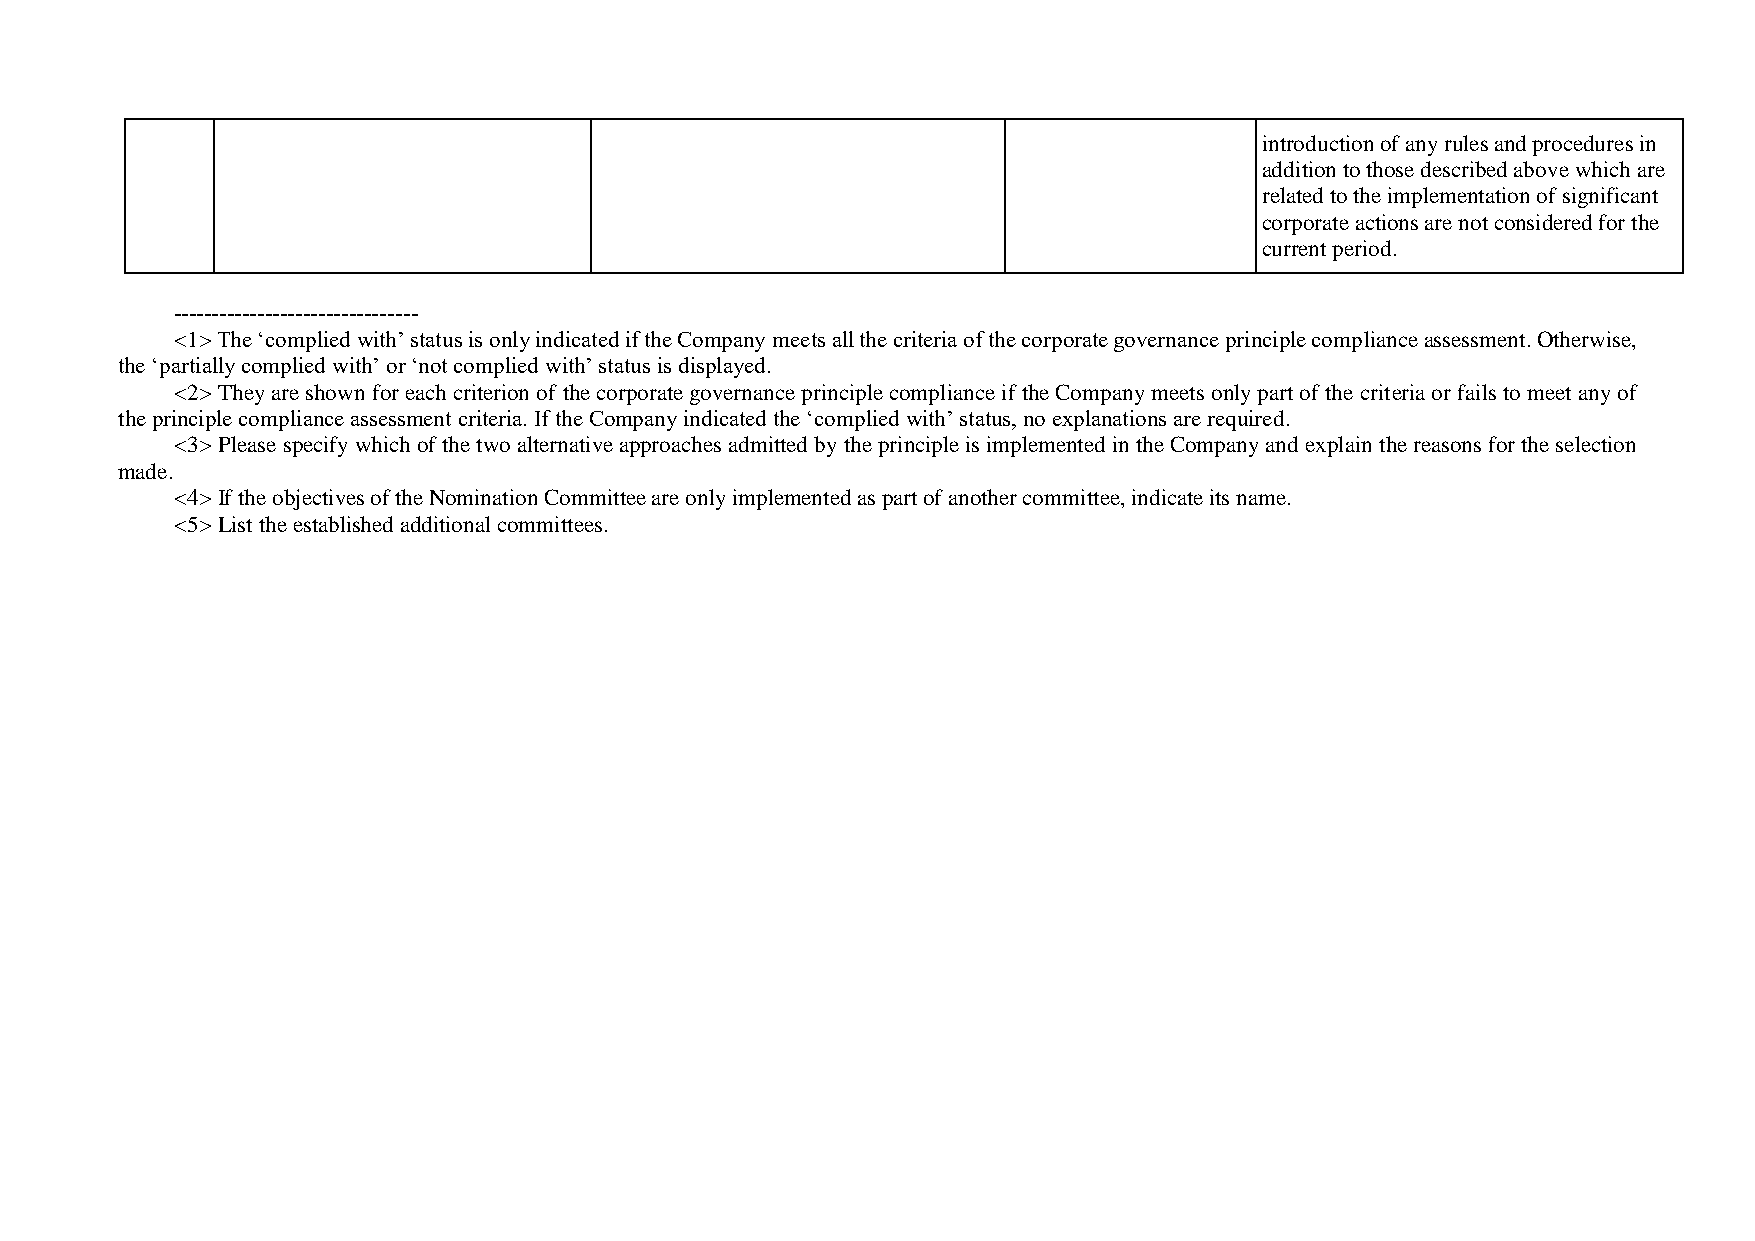
introduction of any rules and procedures in
 addition to those described above which are
 related to the implementation of significant
 corporate actions are not considered for the
 current period.
 --------------------------------
 <1> The ‘complied with’ status is only indicated if the Company meets all the criteria of the corporate governance principle compliance assessment. Otherwise,
 the ‘partially complied with’ or ‘not complied with’ status is displayed.
 <2> They are shown for each criterion of the corporate governance principle compliance if the Company meets only part of the criteria or fails to meet any of
 the principle compliance assessment criteria. If the Company indicated the ‘complied with’ status, no explanations are required.
 <3> Please specify which of the two alternative approaches admitted by the principle is implemented in the Company and explain the reasons for the selection
 made.
 <4> If the objectives of the Nomination Committee are only implemented as part of another committee, indicate its name.
 <5> List the established additional committees.